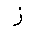
Letter: _zay